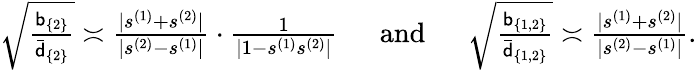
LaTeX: \begin{array}{r}{\sqrt{\frac{\mathsf{b}_{\{ 2\} }}{\bar{\mathsf{d}}_{\{ 2\} }}}\asymp\frac{|s^{(1)}+s^{(2)}|}{|s^{(2)}-s^{(1)}|}\cdot\frac{1}{|1-s^{(1)}s^{(2)}|}~~~~~~\mathrm{and}~~~~~~\sqrt{\frac{\mathsf{b}_{\{ 1,2\} }}{\bar{\mathsf{d}}_{\{ 1,2\} }}}\asymp\frac{|s^{(1)}+s^{(2)}|}{|s^{(2)}-s^{(1)}|}.}\end{array}